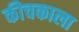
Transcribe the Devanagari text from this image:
कीचकाला